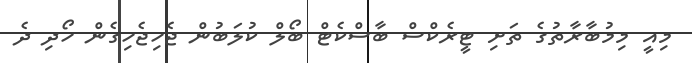
މިއީ މިމުބާރާތުގެ ތަށި ޓީރެކްސް ބާސްކެޓް ބޯލް ކުލަބުން ޖެހިޖެހިގެން ހޯދި ދެ